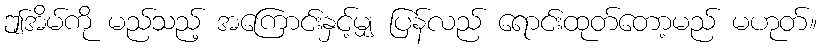
ဤအိမ်ကို မည်သည့် အကြောင်းနှင့်မျှ ပြန်လည် ရောင်းထုတ်တော့မည် မဟုတ်။